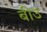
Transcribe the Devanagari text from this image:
बीउ